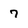
Character: 7